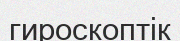
гироскоптік